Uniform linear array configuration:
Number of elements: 24
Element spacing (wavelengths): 0.25
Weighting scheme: blackman
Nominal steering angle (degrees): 60
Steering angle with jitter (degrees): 59.828
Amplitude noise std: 0.05
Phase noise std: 0.05

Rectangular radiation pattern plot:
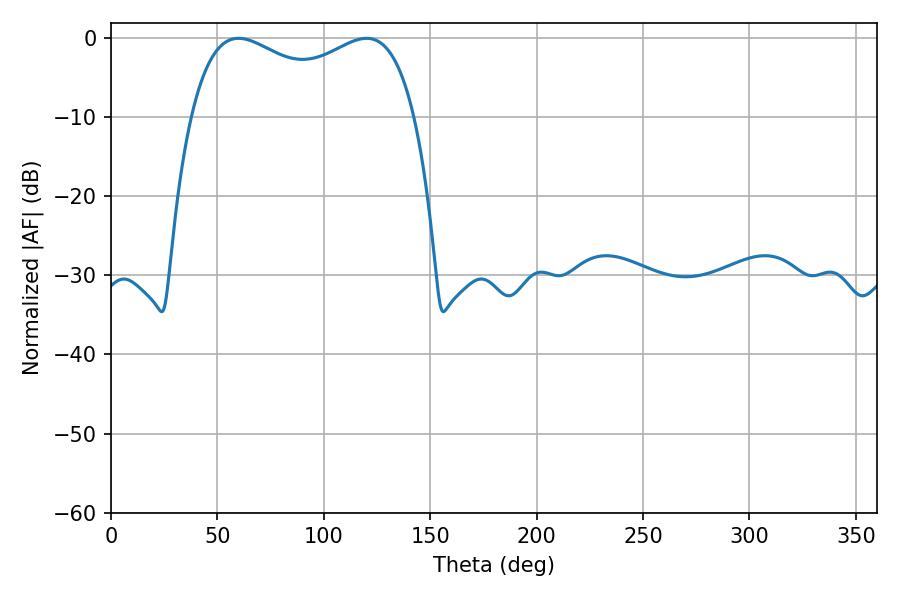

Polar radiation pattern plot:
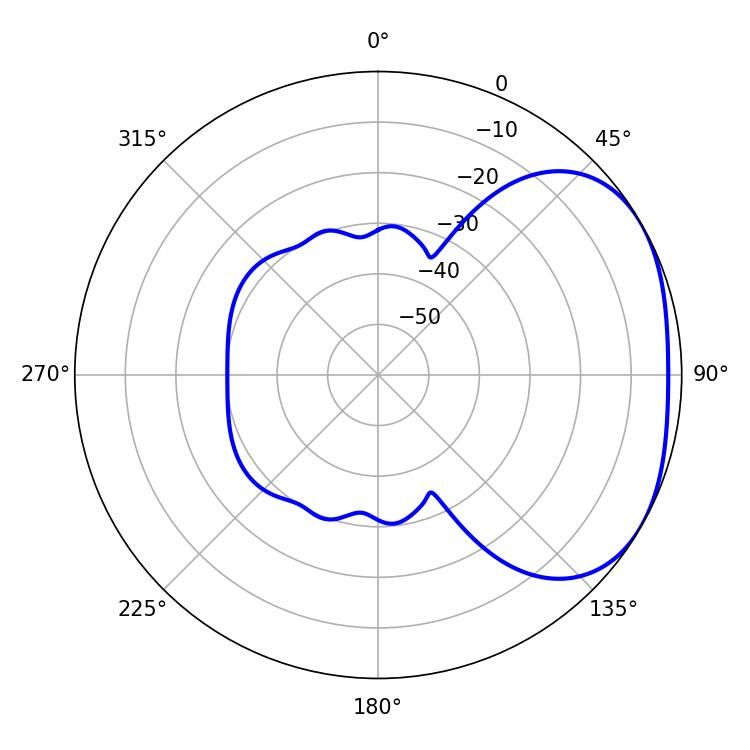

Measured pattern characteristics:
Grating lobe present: FALSE
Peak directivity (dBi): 2.55
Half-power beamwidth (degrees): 87.48
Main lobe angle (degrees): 59.94